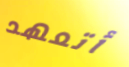
أتعهد